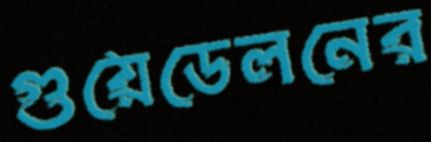
গুয়েডেলনের